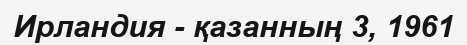
Ирландия - қазанның 3, 1961